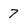
Character: 7